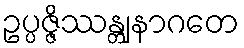
ဥပ္ပဇ္ဇိဿန္တျနာဂတေ